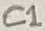
Text: C1